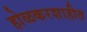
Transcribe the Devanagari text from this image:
होळकरशाहीत